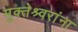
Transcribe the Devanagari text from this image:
मुक्तेश्र्वरांना